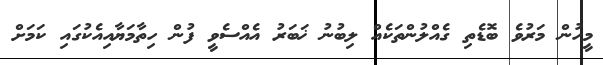
މީހުން މަރުވެ ބޮޑެތި ގެއްލުންތަކެއް ލިބުނު ޚަބަރު އެއްސެވީ ފުން ހިތާމަޔާއިއެކުގައި ކަމަށް